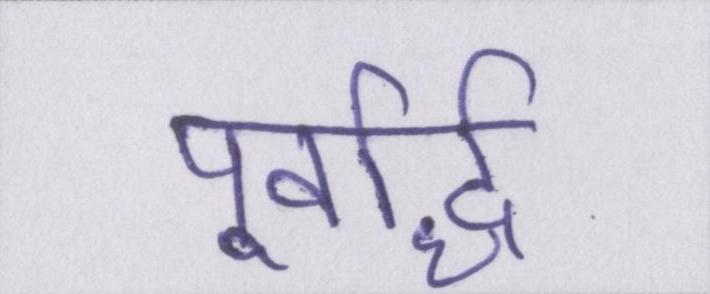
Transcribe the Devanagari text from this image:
पूर्वार्द्ध